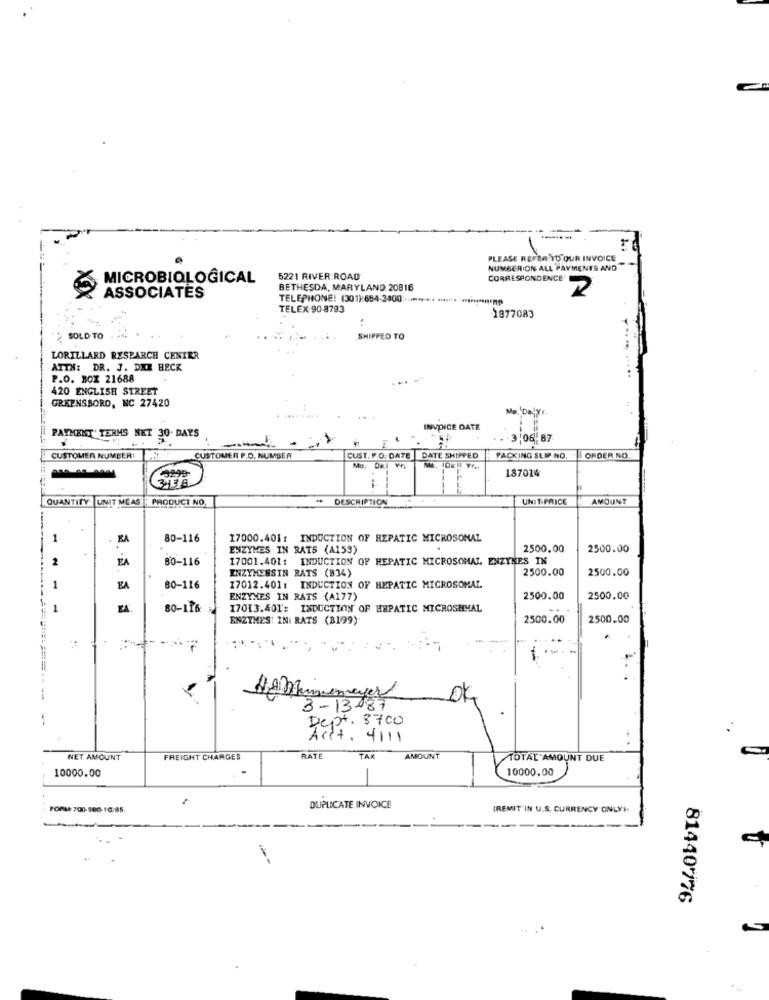
PLEASE REFERNYU OUR INVOICE
NUMBERION ALL PAYMENTS AND
MICROBIOLOGICAL
5221 RIVER ROAD
CORRESPONDENCE!
BETHESDA, MARYLAND 20816
ASSOCIATES
TELEPHONE: (301):654-3400 :....
2
TELEX 90-8793
1877083
SOLD TO
SHIPPED TO
LORILLARD RESEARCH CENTER
AITH: DR. J. DIE HECK
P.O. BOX 21688
... .
420 ENGLISH STREET
GREENSBORO, NC 27420
Me, DalYr.
INVOICE DATE
PAYMENT TERMS NET 20. DAYS
3.06.87
CUSTOMER NUMBER!
CUSTOMER P.O. NUMBER
CUST. P.O. DATE DATE SHIPPED
PACKING SLIP NO.
ORDER NO.
187014
343.8.
QUANTITY UNIT MEAS
PRODUCT NO
DESCRIPTION
UNIT PRICE
AMOUNT
1
. KA
80-116
17000.401: INDUCTION OF REPATIC MICROSOMAL
ENZYMES IN RATS (A153)
2500.00
2500.00
2
EA
80-116
17001.401: INDUCTION OF HEPATIC MICROSOMAL ENZYNES IN
ENZYMENSIN RATS (B34)
2500.00
2500.00
1
EA
80-116
17012.401: INDUCTION OF HEPATIC MICROSOMAL
ENZYMES IN RATS (A177)
2500.00
2500.00
80-116
17013.401': INDUCTION OF HEPATIC MICROSHMAL
ENZYMES: INI RATS (B199)
2500.00
2500.00
Hf Mannenayer
3-13087
Dept. 3700
Acct. 4111
NET AMOUNT
FREIGHT CHARGES
TAX
AMOUNT
TOTAL AMOUNT DUE
10000.00
FORM 700-500-10/85.
DUPLICATE INVOICE
(REMIT"IN U.S. CURRENCY'ONLY).
81440776